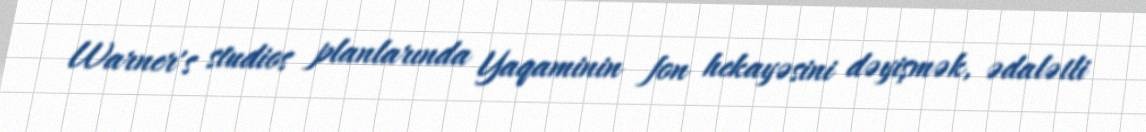
Warner's studios planlarında Yaqaminin fon hekayəsini dəyişmək, ədalətli